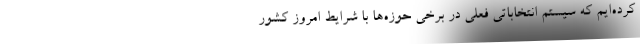
کرده‌ایم که سیستم انتخاباتی فعلی در برخی حوزه‌ها با شرایط امروز کشور